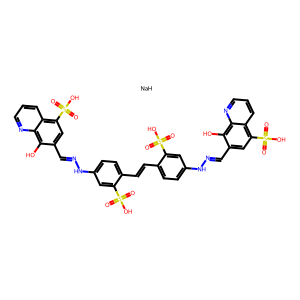
SMILES: O=S(=O)(O)c1cc(NN=Cc2cc(S(=O)(=O)O)c3cccnc3c2O)ccc1C=Cc1ccc(NN=Cc2cc(S(=O)(=O)O)c3cccnc3c2O)cc1S(=O)(=O)O.[NaH]
Inhibits HIV replication: Yes